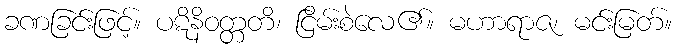
ခဏခြင်းဖြင့်။ ပဋိနိဝတ္တတိ၊ ငြိမ်းစဲလေ၏။ မဟာရာဇ၊ မင်းမြတ်။